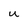
Character: u